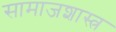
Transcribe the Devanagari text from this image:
सामाजशास्त्र